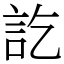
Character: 訖